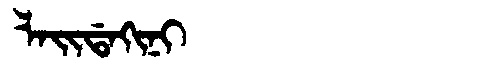
Manchu: ᠯᠠᡳᡩᠠᡴᡳᠨᡳ
Romanization: LAIDAKINI